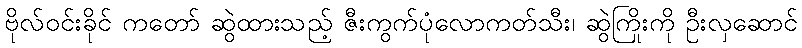
ဗိုလ်ဝင်းခိုင် ကတော် ဆွဲထားသည့် ဇီးကွက်ပုံလောကတ်သီး၊ ဆွဲကြိုးကို ဦးလှဆောင်